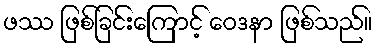
ဖဿ ဖြစ်ခြင်းကြောင့် ဝေဒနာ ဖြစ်သည်။